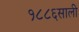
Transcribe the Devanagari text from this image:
१८८६साली